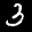
Digit: 3